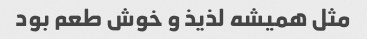
مثل همیشه لذیذ و خوش طعم بود